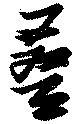
畳